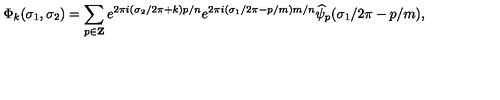
\Phi _ { k } ( \sigma _ { 1 } , \sigma _ { 2 } ) = \sum _ { p \in { \bf Z } } e ^ { 2 \pi i ( \sigma _ { 2 } / 2 \pi + k ) p / n } e ^ { 2 \pi i ( \sigma _ { 1 } / 2 \pi - p / m ) m / n } \widehat { \psi } _ { p } ( \sigma _ { 1 } / 2 \pi - p / m ) ,